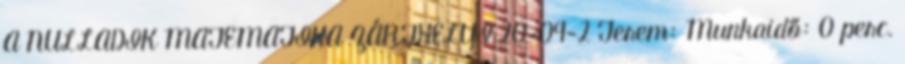
A NULLADIK MATEMATIKA ZÁRTHELYI 20-09-2 Terem: Munkaidő: 0 perc.